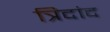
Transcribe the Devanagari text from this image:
त्रिदांद